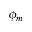
\phi _ { m }